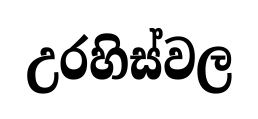
උරහිස්වල